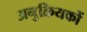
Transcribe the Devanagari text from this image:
अनुक्रियकों